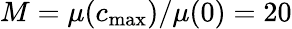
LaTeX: M=\mu(c_{\mathrm{max}})/\mu(0)=20